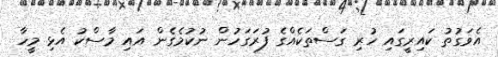
އެވަގުތު ކައިރީގައި ހުރި ގަސްތަކެއްގެ ފުރަގަހުން ނުކުމެގެން އައި މާސްކު އެޅި މީހާ